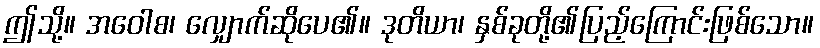
ဤသို့။ အဝေါစ၊ လျှောက်ဆိုပေ၏။ ဒုတိယာ၊ နှစ်ခုတို့၏ပြည့်ကြောင်းဖြစ်သော။